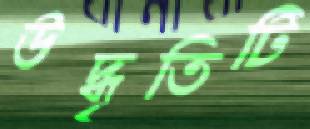
উদ্ধৃতিটি